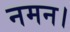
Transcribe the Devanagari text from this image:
नमन।